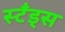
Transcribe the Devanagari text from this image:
स्टँड्स